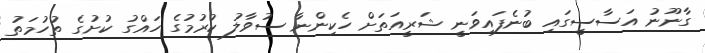
ގާނޫނު އަސާސީގައި ބުނެފައިވަނީ ޝަރީއަތަށް ހެކިންނާ ސުވާލު ކުރުމުގެ ހައްގު ކުށުގެ ތުހުމަތު